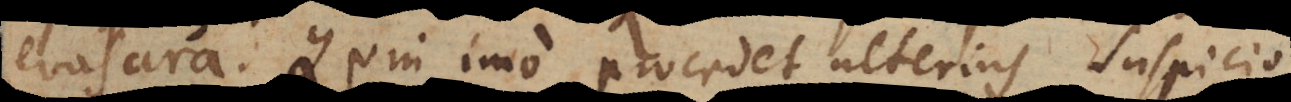
evasura. Quin imo procedet ulterius suspicio